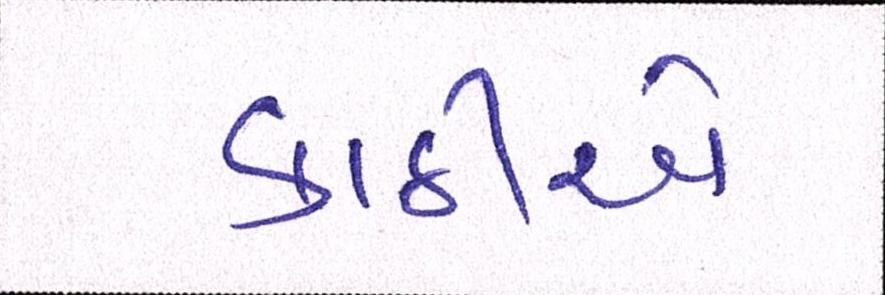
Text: કાઠીએ